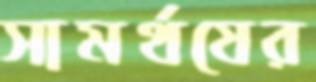
সামর্থযের